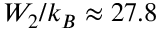
W _ { 2 } / k _ { B } \approx 2 7 . 8